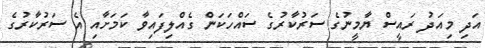
އަދި މިއަަދު ރައީސް ޔާމީނުގެ ސަރުކާރުގެ ސައްހަކަން ގެއްލިފައިވާ ކަމަށާއި އެ ސަރުކާރުގެ